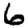
Digit: 6